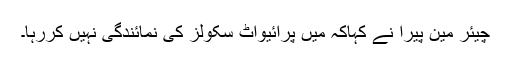
چیئر مین پیرا نے کہاکہ میں پرائیواٹ سکولز کی نمائندگی نہیں کررہا۔